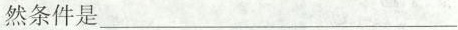
然条件是___